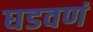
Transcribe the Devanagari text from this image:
घडवणं